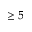
\geq 5